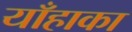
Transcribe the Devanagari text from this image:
याँहाका